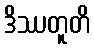
ဒိဿတူတိ